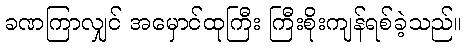
ခဏကြာလျှင် အမှောင်ထုကြီး ကြီးစိုးကျန်ရစ်ခဲ့သည်။